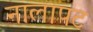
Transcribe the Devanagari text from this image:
नालापट